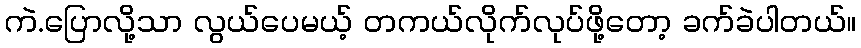
ကဲ.ပြောလို့သာ လွယ်ပေမယ့် တကယ်လိုက်လုပ်ဖို့တော့ ခက်ခဲပါတယ်။